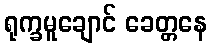
ရုက္ခမူချောင် ခေတ္တနေ